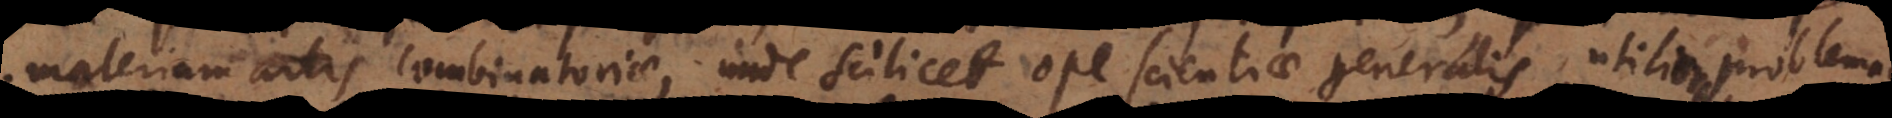
materiam artis combinatoriae, unde scilicet ope scientiae generalis, utiliora problemata